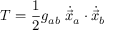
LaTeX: T = \frac { 1 } { 2 } g _ { a b } \; \dot { \vec { x } } _ { a } \cdot \dot { \vec { x } } _ { b }